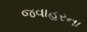
જવાહરના